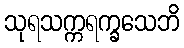
သုရသက္ကရက္ခသေဘိ